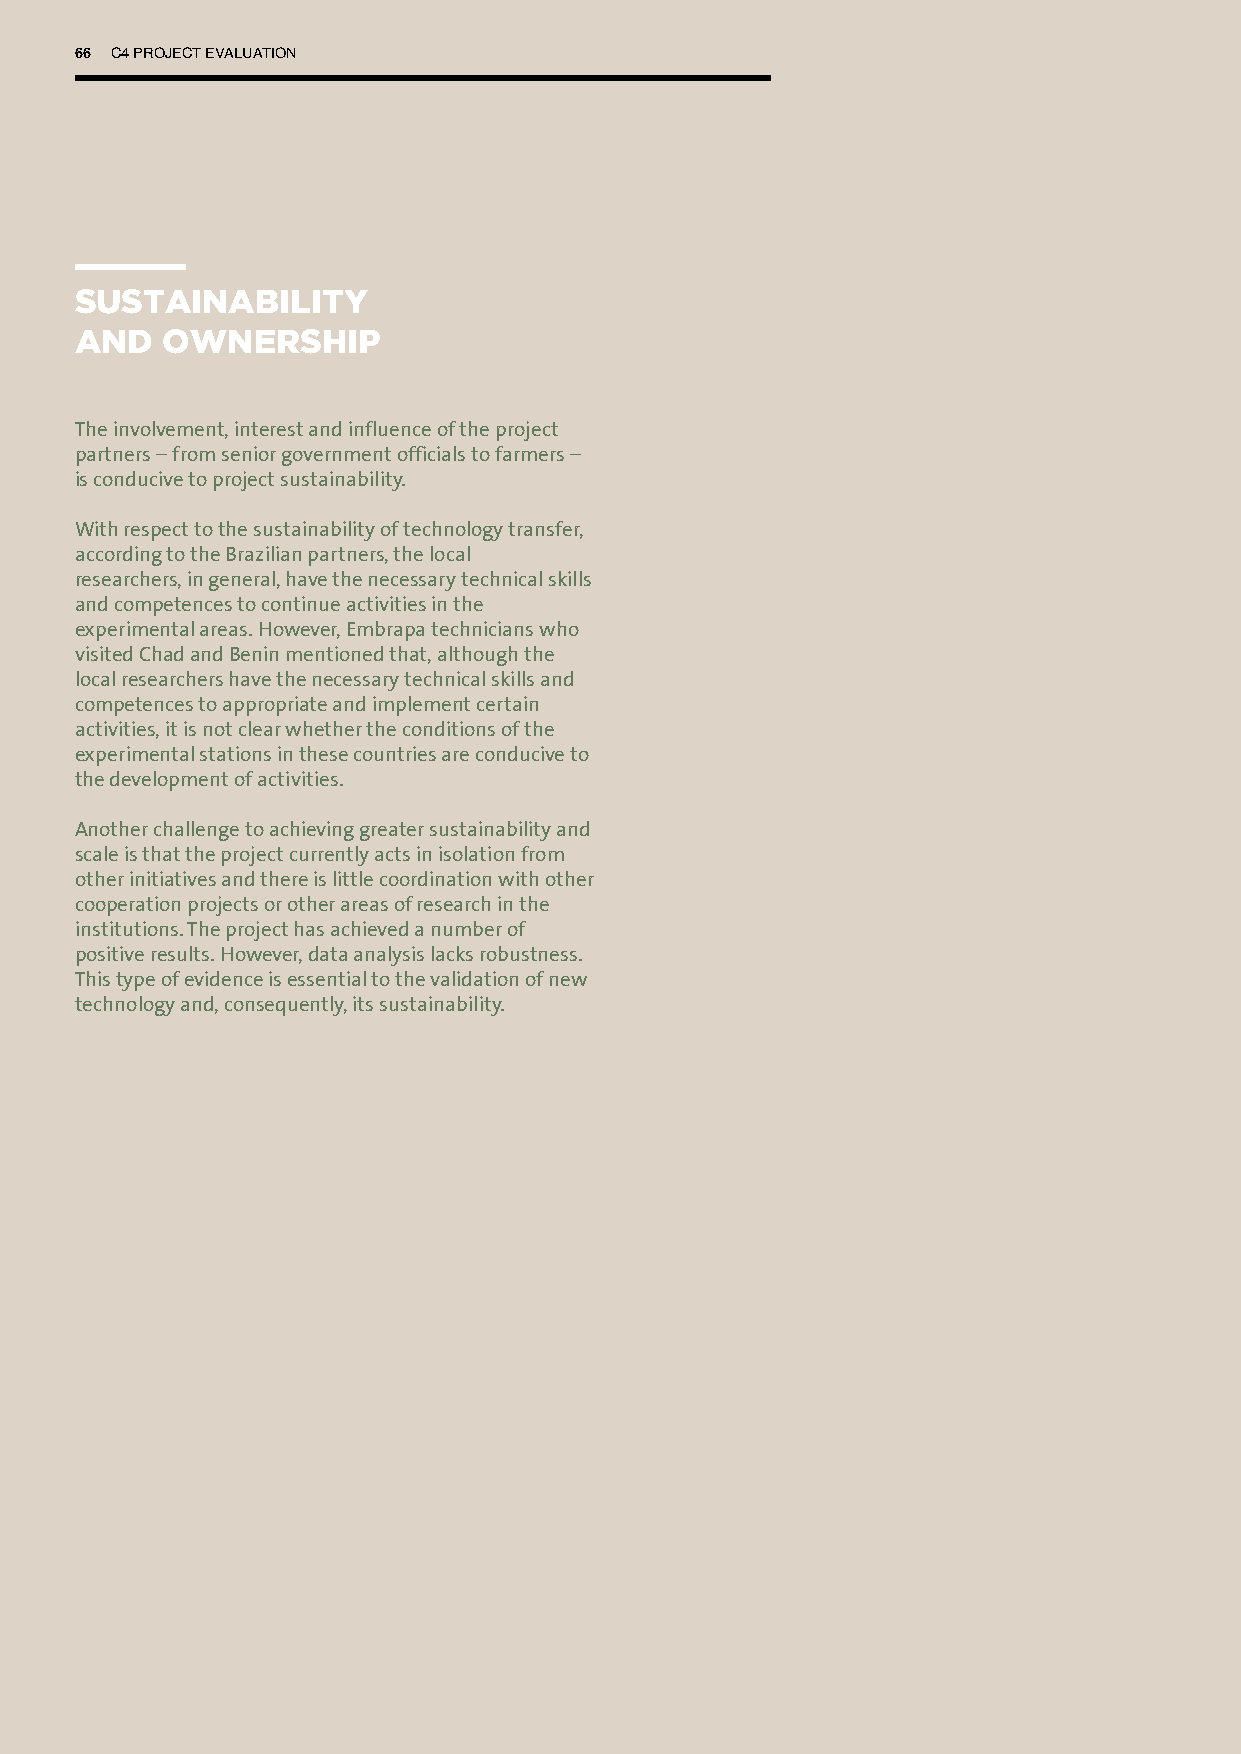
66 C4 PROJECT EVALUATION
 SUSTAINABILITY
 AND   OWNERSHIP
 The involvement, interest and influence of the project
 partners – from senior government officials to farmers –
 is conducive to project sustainability.
 With respect to the sustainability of technology transfer,
 according to the Brazilian partners, the local
 researchers, in general, have the necessary technical skills
 and competences to continue activities in the
 experimental areas. However, Embrapa technicians who
 visited Chad and Benin mentioned that, although the
 local researchers have the necessary technical skills and
 competences to appropriate and implement certain
 activities, it is not clear whether the conditions of the
 experimental stations in these countries are conducive to
 the development of activities.
 Another challenge to achieving greater sustainability and
 scale is that the project currently acts in isolation from
 other initiatives and there is little coordination with other
 cooperation projects or other areas of research in the
 institutions. The project has achieved a number of
 positive results. However, data analysis lacks robustness.
 This type of evidence is essential to the validation of new
 technology and, consequently, its sustainability.